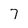
Character: 7